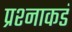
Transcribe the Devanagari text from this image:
प्रश्नाकडं